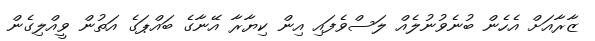
ޒާރާއަށް އެހެން ބުނެވުނުލެއް ލަސްވެފައި އިން ކިޔާރާ އޭނާގެ ބައްޕަގެ އަތުން ވީއްލިގެން